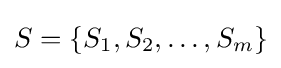
S=\{S_{1},S_{2},\ldots ,S_{m}\}